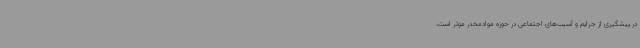
در پیشگیری از جرایم و آسیب‌های اجتماعی در حوزه موادمخدر موثر است،